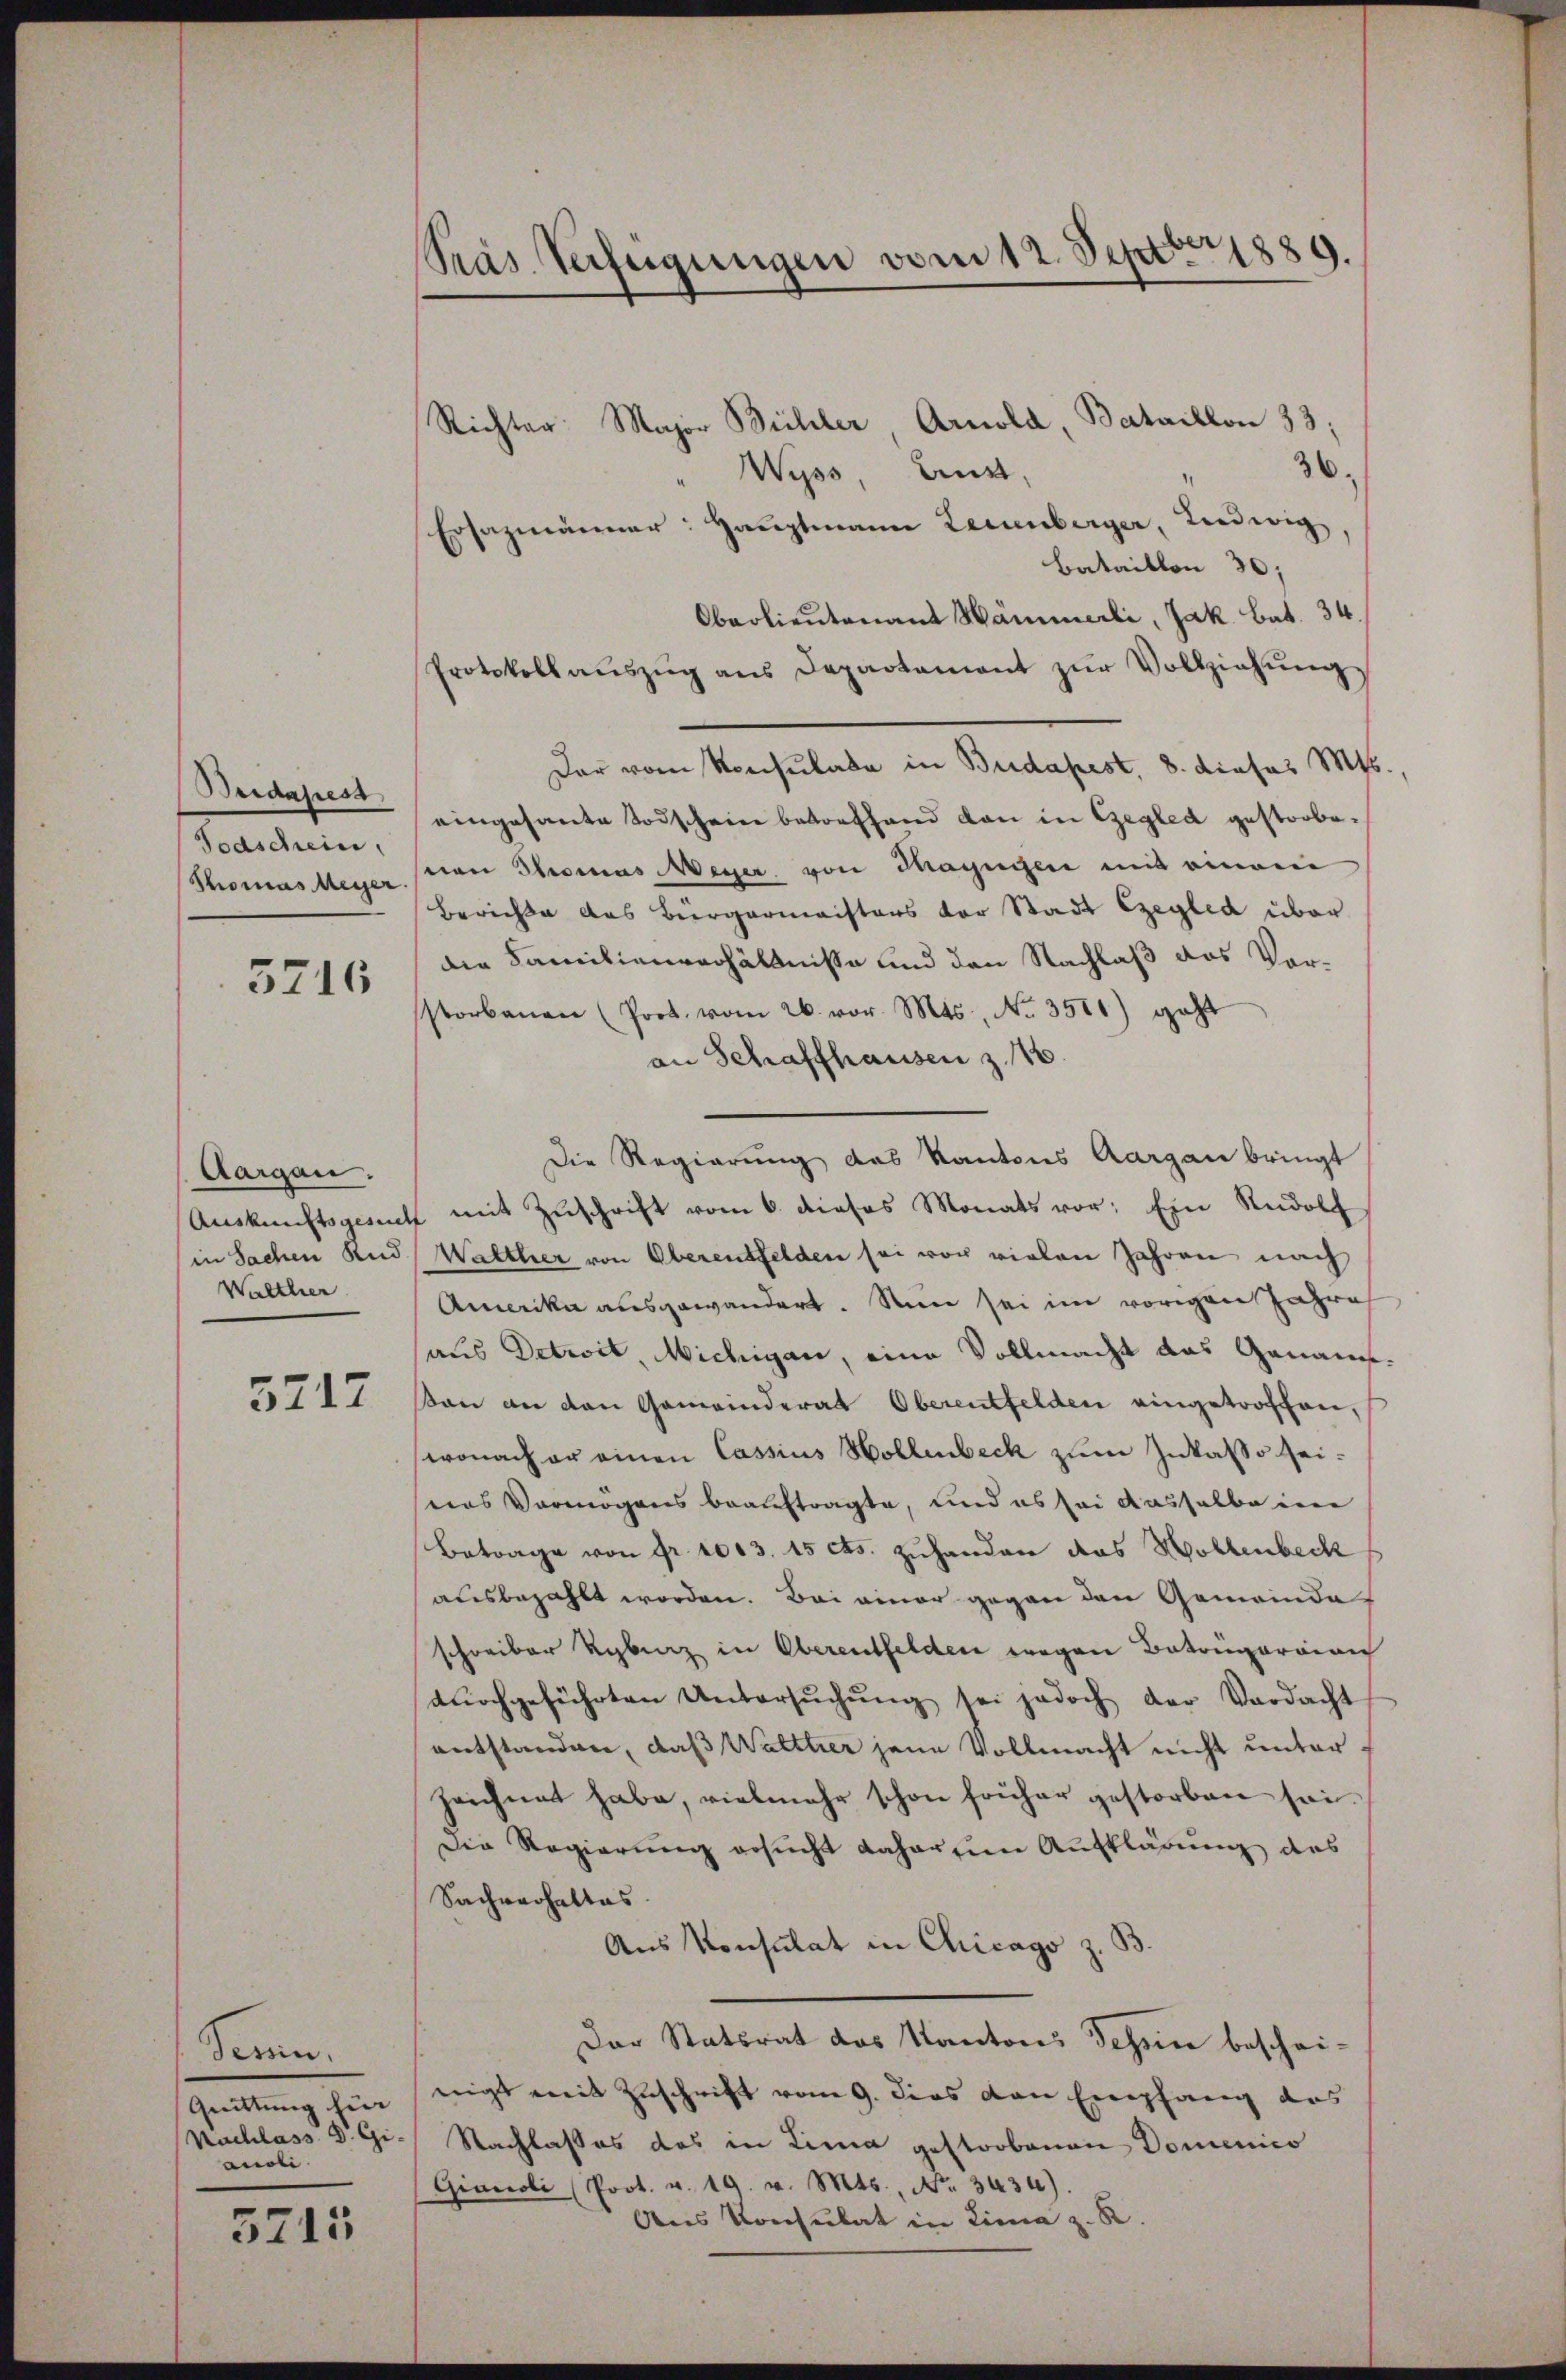
Bridapest
Todschein,
Thomas Meyer

5716

Aargau.
Auskunftsgesuch
in Sachen und
Walther

5712

Seren.
Quittung hin
Nachlass Dr. Gi
anoli

5715

Pras Verfügungen vom 12. Septbr. 1889.

Richter Major Büchler, Arnold, Bataillon 33;
36.
Wyss, Lust,
Ersazmänner: Hauptmann Leuenberger, Ludwig,
Bataillon 30;
Oberlieutenant Hämmerli, Jak. Bat. 34.
Protokollaŭszŭg ans Departement zŭr Vollziehŭng.
Der vom Konsulate in Budapest, 8. dieses Mts.,
eingesante Todscheine betreffend dan in Gegled gestorbeseon Thomas Meyer von Mayngen mit einem
Berichte das Bürgermaisters der Stadt Ezeged über
die Familienverhältnisse und den Nachlaß das Vorstorbenen (Prot. vom 26. vor. Mts. No. 3511) geht
an Schaffhausen z. 16.
Die Regierung des Kantons Aargau bringt
" mit Zŭschrift vom 6. dieses Monats vor: Ein Rudolf
Walther von Oberentfelden sei vor vielen Jahren nach
Amerika ausgewandert. Nun sei im vorigen Jahre
aus Detwit, Michigan, eine Vollmacht das Genauesan an den Gemeinderat Oberentfelden eingetroffen,
wonach er einen Cassius Hollenbeck zum Inkasso zeiees Vermögens beauftragte, und es sei dasselbe in
Betrage von Fr. 1003. 15 cts. zuhanden das Wollenbeck
ausbezahlt worden. Bei einer gegen den Gemeinde
schreiber Ryburg in Oberentfelden wegen Betonparoien
dŭrchgeführten Untersŭchŭng sei jedoch der Verdacht
entstanden, daß Walttier jene Vollmacht nicht unterzeichnet habe, vielmehr schon früher gestorben sei.
Die Regierung ersucht daherein Aufklärung des
Sachverhaltes
Aus Konsulat in Chicago z. B.
Der Statsrat des Kantons Tessin bescheinigt mit Zuschrift vom 9. dies von Empfang des
Nachlasses das in Lina gestorbenen Domenico
Gianoli (Prot. v. 19. v. Mts., No. 3434).
Ans Konsulat in Lina z. R.